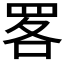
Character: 𦊲